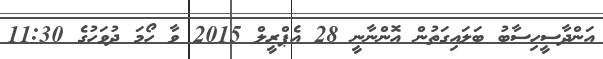
އަންދާސީހިސާބު ބަލައިގަތުން އޮންނާނީ 28 އެޕްރީލް 2015 ވާ ހޯމަ ދުވަހުގެ 11:30